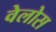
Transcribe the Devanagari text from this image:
वेलोस